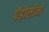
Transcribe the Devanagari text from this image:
पेंड़ोलीनो